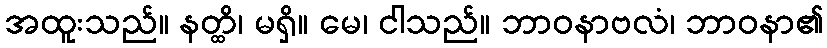
အထူးသည်။ နတ္ထိ၊ မရှိ။ မေ၊ ငါသည်။ ဘာဝနာဗလံ၊ ဘာဝနာ၏